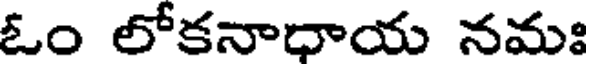
ఓం లోకనాధాయ నమః